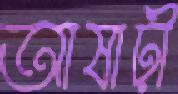
আষাঢ়ী